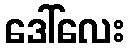
ဒေါ်လေး